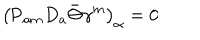
\left( \mathrm { P } _ { a m } D _ { a } \bar { \Theta } \gamma ^ { m } \right) _ { \alpha } = 0